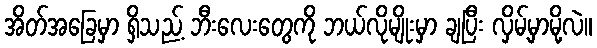
အိတ်အခြေမှာ ရှိသည့် ဘီးလေးတွေကို ဘယ်လိုမျိုးမှာ ချပြီး လှိမ့်မှာမို့လဲ။